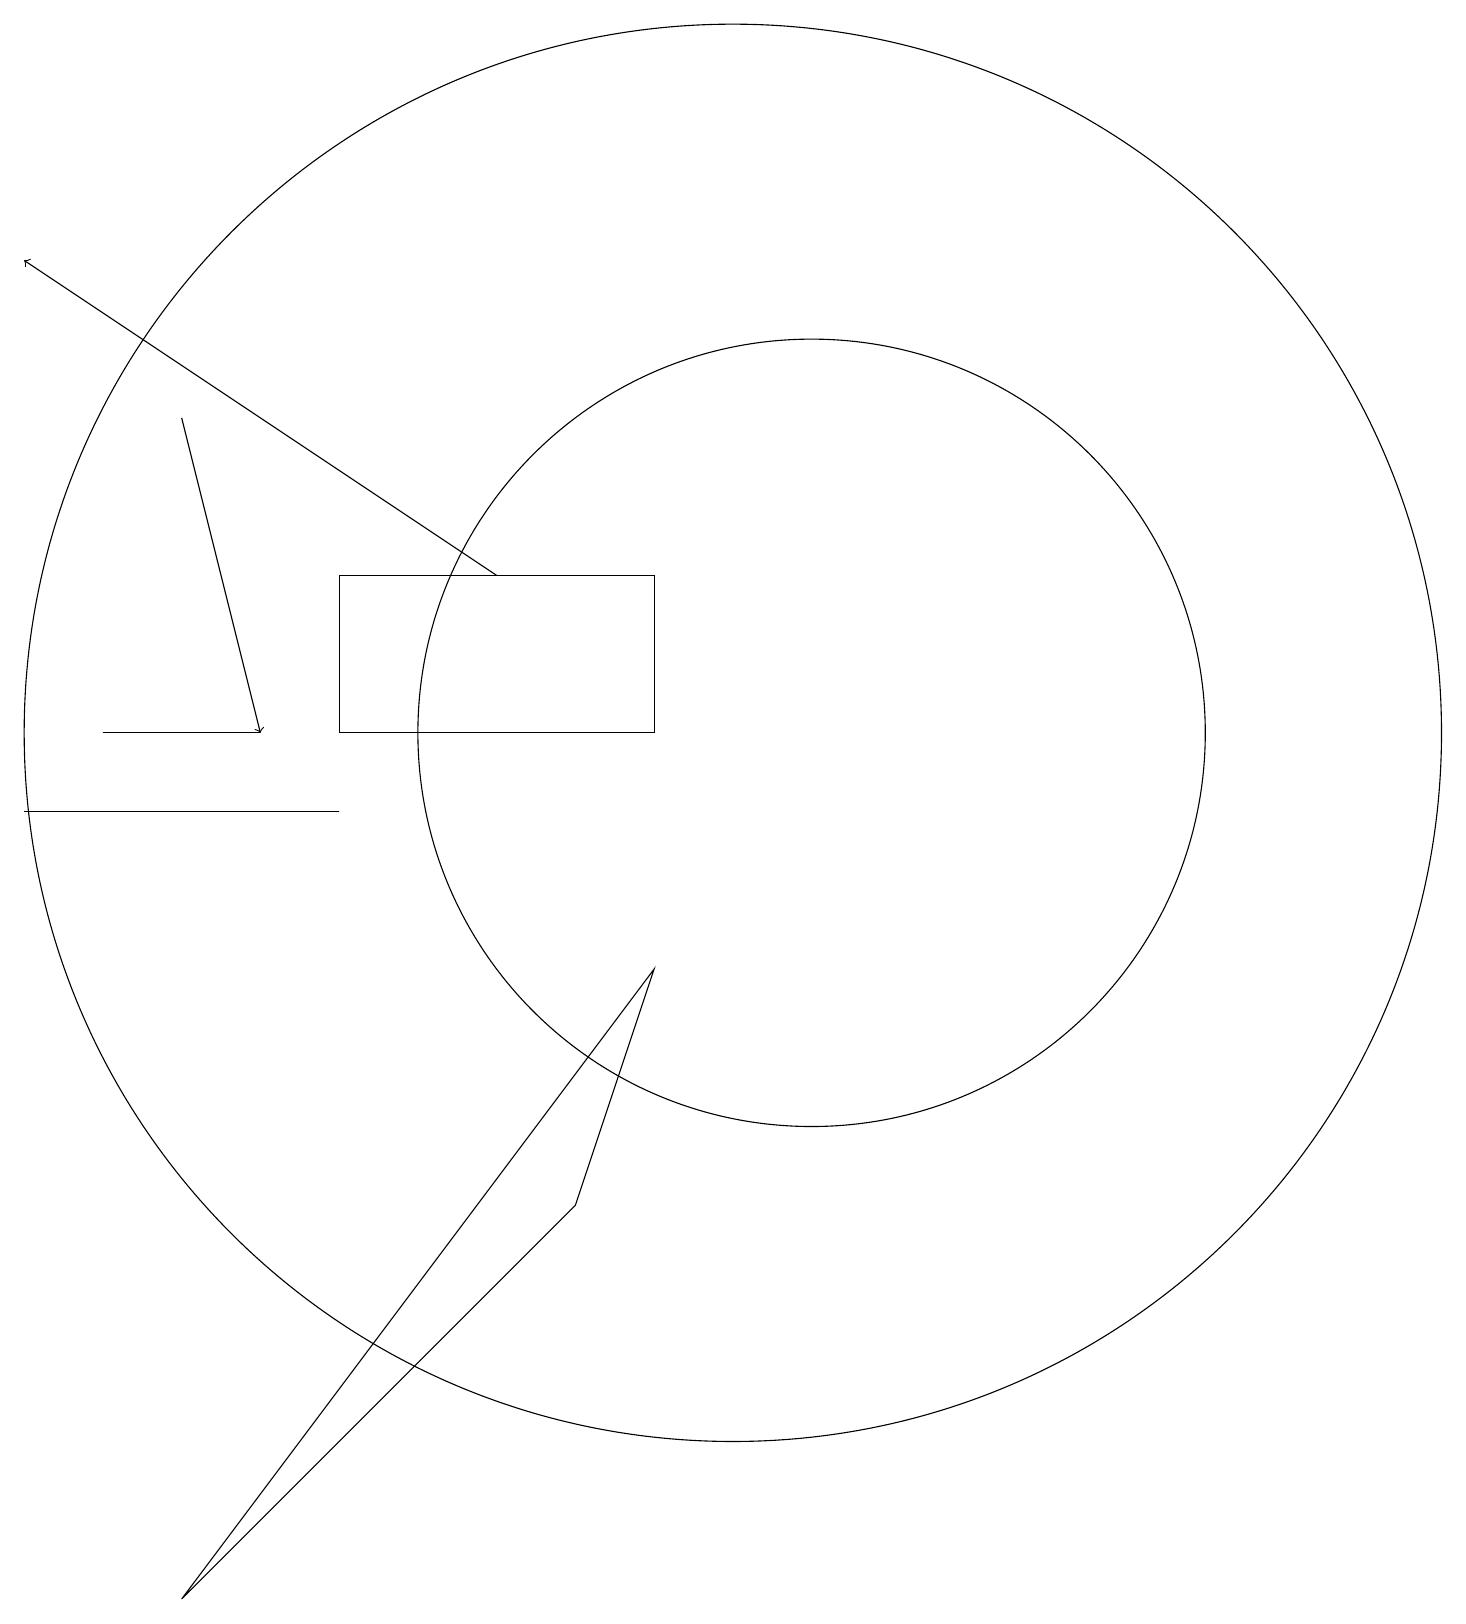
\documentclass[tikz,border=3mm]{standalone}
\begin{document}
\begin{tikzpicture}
\draw (9,13) rectangle (5,11);
\draw (5,10) rectangle (1,10);
\draw (2,11) rectangle (4,11);
\draw (10,11) circle (9);
\draw (3,0) -- (9,8) -- (8,5) -- cycle;
\draw[->] (7,13) -- (1,17);
\draw (11,11) circle (5);
\draw[->] (3,15) -- (4,11);
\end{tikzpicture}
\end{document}